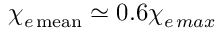
\chi _ { e \, \mathrm { m e a n } } \simeq 0 . 6 \chi _ { e \, m a x }